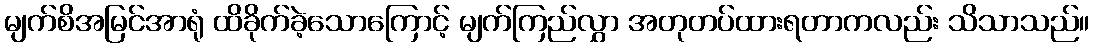
မျက်စိအမြင်အာရုံ ထိခိုက်ခဲ့သောကြောင့် မျက်ကြည်လွှာ အတုတပ်ထားရတာကလည်း သိသာသည်။